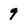
Character: 9